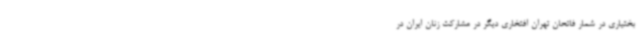
بختیاری در شمار فاتحان تهران افتخاری دیگر در مشارکت زنان ایران در